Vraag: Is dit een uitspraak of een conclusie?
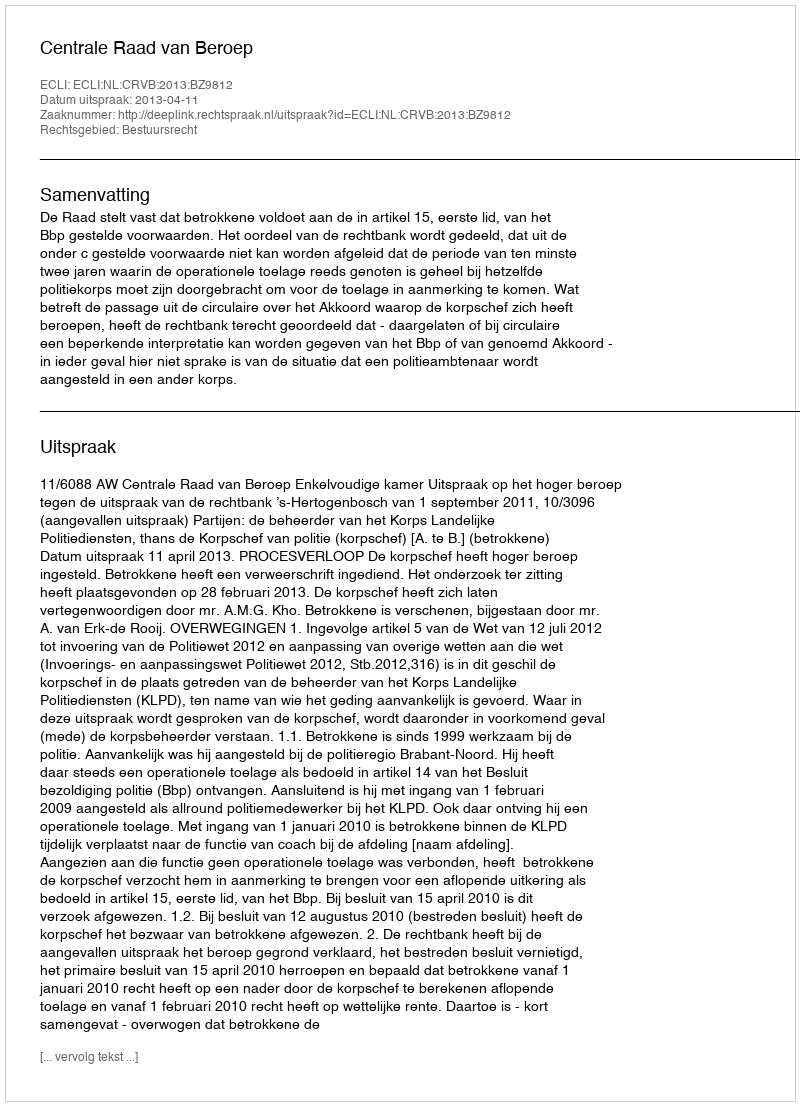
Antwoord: Uitspraak